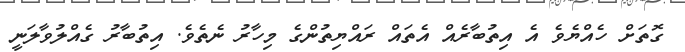
ގޮތަށް ހެއްޔެވެ އެ އިތުބާރެއް އެތައް ރައްޔިތުންގެ މިހާރު ނެތެވެ. އިތުބާރު ގެއްލުވާލަނީ